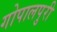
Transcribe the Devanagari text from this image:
गोपालपुरी